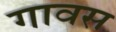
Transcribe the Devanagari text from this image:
गावस